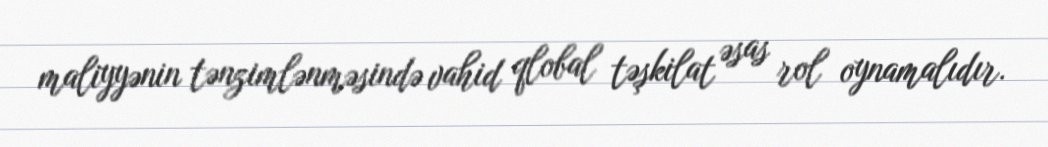
maliyyənin tənzimlənməsində vahid qlobal təşkilat əsas rol oynamalıdır.